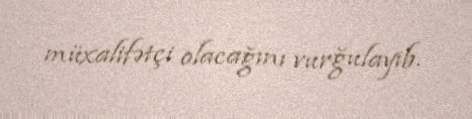
müxalifətçi olacağını vurğulayıb.